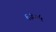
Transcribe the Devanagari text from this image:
६३०५